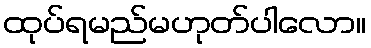
ထုပ်ရမည်မဟုတ်ပါလော။